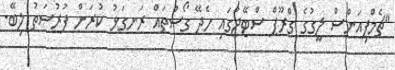
"ޗެމްޕިއަންސް ލީގުގެ ގްރޫޕް ސްޓޭޖުގައި ހެދޭ ގޯސްތައް ރަނގަޅު ކުރަން ފުރުސަތު ލިބޭ.